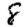
Digit: 8